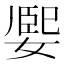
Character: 𡟮